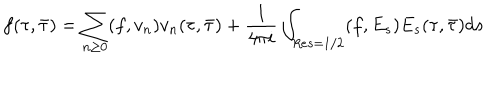
f ( \tau , \bar { \tau } ) = \sum _ { n \ge 0 } ( f , v _ { n } ) v _ { n } ( \tau , \bar { \tau } ) + \frac { 1 } { 4 \pi i } \int _ { R e s = 1 / 2 } ( f , E _ { s } ) E _ { s } ( \tau , \bar { \tau } ) d s